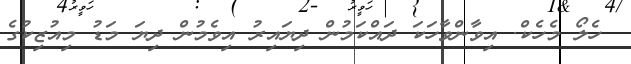
ހެލޯ މެހެކް. އިވާންވާހަކަ ދައްކަމުން ދިޔައިރު އިވެމުން ދިޔަ މަޑު މިއުޒިކުގެ